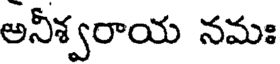
అనీశ్వరాయ నమః